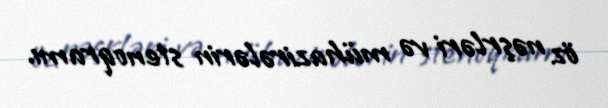
öz nəşrləri və mühazirələrin stenoqramı.